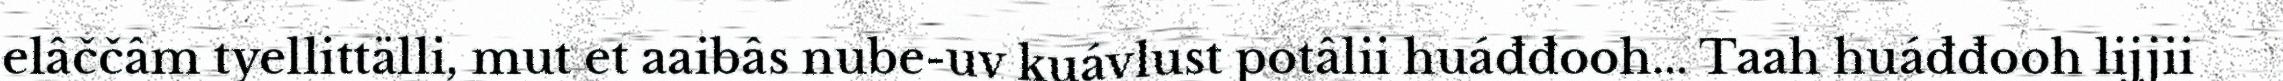
elâččâm tyellittälli, mut et aaibâs nube-uv kuávlust potâlii huáđđooh... Taah huáđđooh lijjii